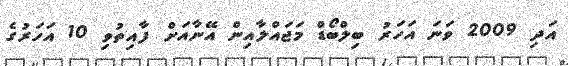
އަދި 2009 ވަނަ އަހަރު ބިލްބޯޑް މަޖައްލާއިން އޭނާއަށް ފާއިތުވި 10 އަހަރުގެ